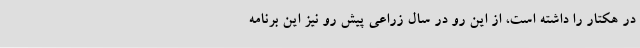
در هکتار را داشته است، از این رو در سال زراعی پیش رو نیز این برنامه